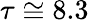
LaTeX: \tau\cong 8.3